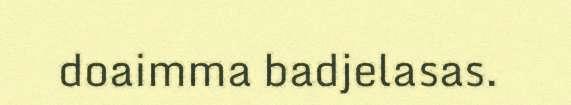
doaimma badjelasas.